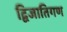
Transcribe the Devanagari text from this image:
द्विजातिगण